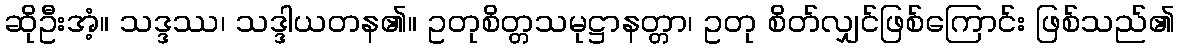
ဆိုဦးအံ့။ သဒ္ဒဿ၊ သဒ္ဒါယတန၏။ ဥတုစိတ္တသမုဋ္ဌာနတ္တာ၊ ဥတု စိတ်လျှင်ဖြစ်ကြောင်း ဖြစ်သည်၏